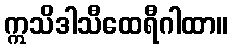
ဣသိဒါသီထေရီဂါထာ။